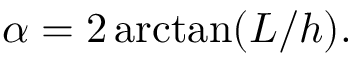
\alpha = 2 \arctan ( L / h ) .